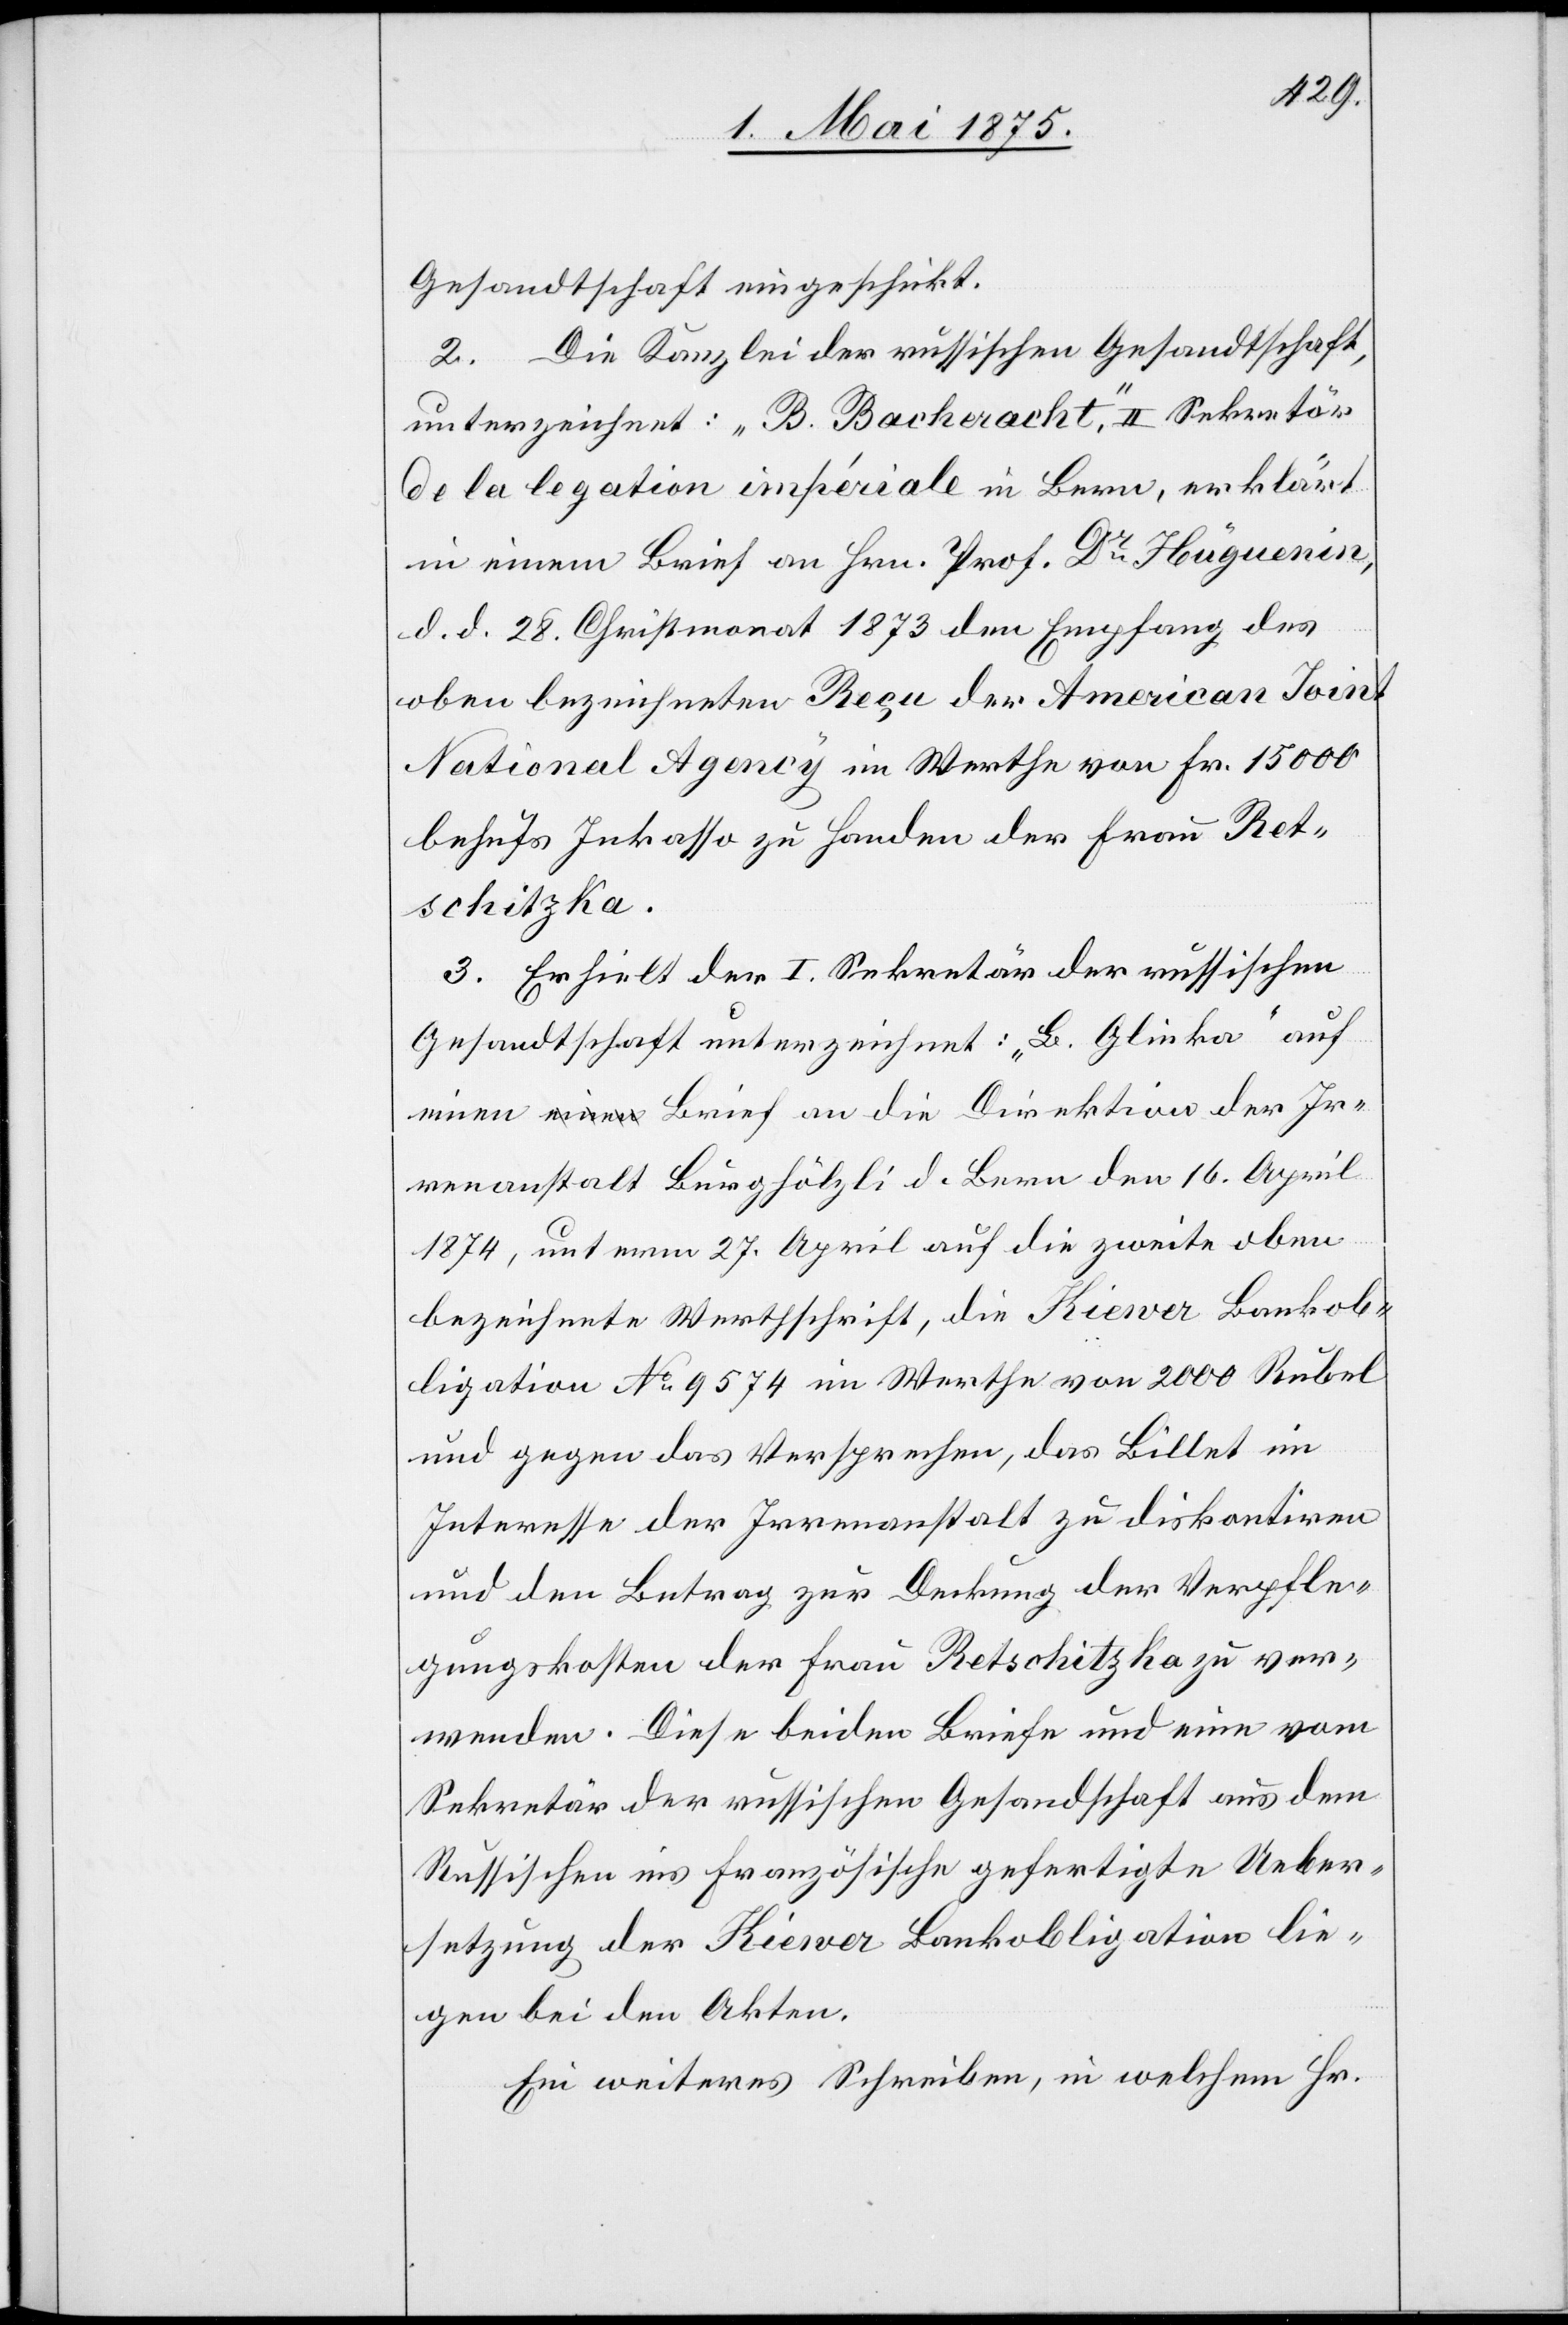
Gesandtschaft eingeschickt.
2. Die Kanzlei der russischen Gesandtschaft,
unterzeichnet: „B. Bacheracht“, II Sekretär
de la legation impériale in Bern, erklärt
in einem Brief an Hrn. Prof. Dr. Hüguenin,
d. d. 28. Christmonat 1873 den Empfang des
oben bezeichneten Reçu der American Joint
national Agency im Werthe von Fr. 15000
behufs Inkasso zu Handen der Frau Ret¬
schitzka.
3. Erhielt der I. Sekretär der russischen
Gesandtschaft unterzeichnet: „B. Glinka“ auf
einen Brief an die Direktion der Ir¬
renanstalt Burghölzli d. Bern den 16. April
1874, unterm 27. April auf die zweite oben
bezeichnete Werthschrift, die Kiewer Bankob¬
ligation No. 9574 im Werthe von 2000 Rubel
und gegen das Versprechen, das Billet im
Interesse der Irrenanstalt zu diskontiren
und den Betrag zur Deckung der Verpfle¬
gungskosten der Frau Retschitzka zu ver¬
wenden. Diese beiden Briefe und eine vom
Sekretär der russischen Gesandtschaft aus dem
Russischen ins Französische gefertigte Ueber¬
setzung der Kiewer Bankobligation lie¬
gen bei den Akten.
Ein weiteres Schreiben, in welchem Hr.